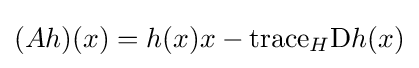
(Ah)(x)=h(x)x-\mathrm {trace} _{H}\mathrm {D} h(x)